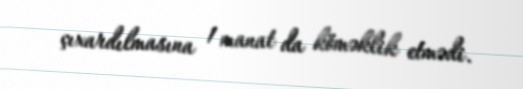
çıxardılmasına 1 manat da köməklik etmədi.